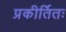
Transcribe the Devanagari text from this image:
प्रकीर्तितः